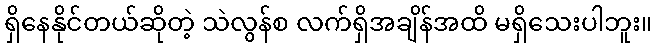
ရှိနေနိုင်တယ်ဆိုတဲ့ သဲလွန်စ လက်ရှိအချိန်အထိ မရှိသေးပါဘူး။